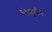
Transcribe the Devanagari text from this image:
चंद्रकुलीय